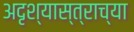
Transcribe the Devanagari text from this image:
अदृश्यास्त्राच्या